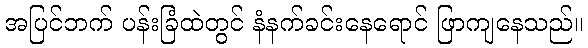
အပြင်ဘက် ပန်းခြံထဲတွင် နံနက်ခင်းနေရောင် ဖြာကျနေသည်။